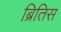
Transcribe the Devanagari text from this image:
ब्रितिस